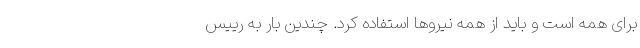
برای همه است و باید از همه نیروها استفاده کرد. چندین بار به رییس